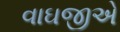
વાઘજીએ